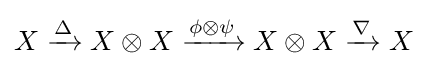
X\mathrel {\xrightarrow {\Delta } } X\otimes X\mathrel {\xrightarrow {\phi \otimes \psi } } X\otimes X\mathrel {\xrightarrow {\nabla } } X